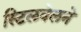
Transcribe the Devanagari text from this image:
स्टिलवेलने